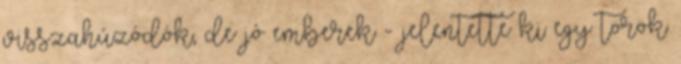
visszahúzódók, de jó emberek - jelentette ki egy török